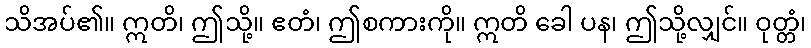
သိအပ်၏။ ဣတိ၊ ဤသို့။ ဧတံ၊ ဤစကားကို။ ဣတိ ခေါ ပန၊ ဤသို့လျှင်။ ဝုတ္တံ၊